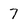
Character: 7